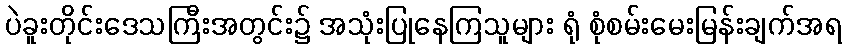
ပဲခူးတိုင်းဒေသကြီးအတွင်း၌ အသုံးပြုနေကြသူများ ရုံ စုံစမ်းမေးမြန်းချက်အရ